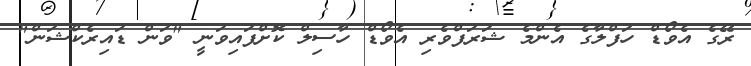
ރޭގެ އެވޯޑް ހަފްލާގެ އެންމެ ޝަރަފްވެރި އެވޯޑް ހާސިލް ކޮށްފައިވަނީ "ވަން ޑައިރެކްޝަން"